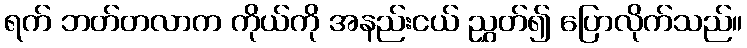
ရက် ဘတ်တလာက ကိုယ်ကို အနည်းငယ် ညွှတ်၍ ပြောလိုက်သည်။